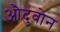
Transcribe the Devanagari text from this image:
औदुबोन